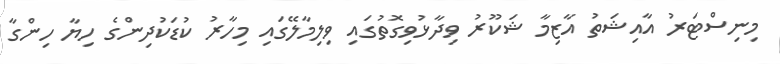
މިނިސްޓަރު އާއިޝަތު އާޒިމާ ޝަކޫރު ވިދާޅުވިގޮތުގައި ވިލިމާލޭގައި މިހާރު ކުޑަކުދިންގެ ހިޔާ ހިންގާ